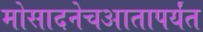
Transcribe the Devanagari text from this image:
मोसादनेचआतापर्यंत